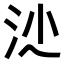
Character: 𣲡